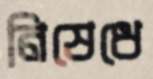
নিষেধে